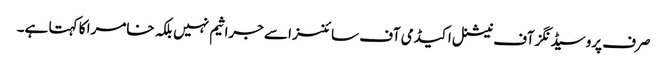
صرف پروسیڈنگز آف نیشنل اکیڈمی آف سائنسز اسے جراثیم نہیں بلکہ خامرا کا کہتا ہے۔